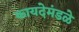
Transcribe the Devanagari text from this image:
कायदेमंडळे